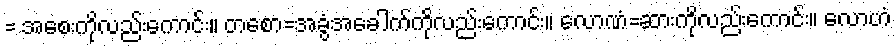
= အစေးကိုလည်းကောင်း။ တစော=အခွံအခေါက်ကိုလည်းကောင်း။ လောဏံ=ဆားကိုလည်းကောင်း။ လောဟံ